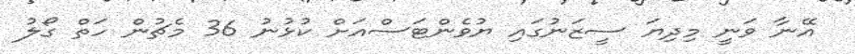
އޭނާ ވަނީ މިދިޔަ ސީޒަނުގައި ޔުވެންޓަސްއަށް ކުޅުނު 36 މެޗުން ހަތް ގޯލު